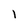
Character: 1